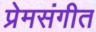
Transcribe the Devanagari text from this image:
प्रेमसंगीत